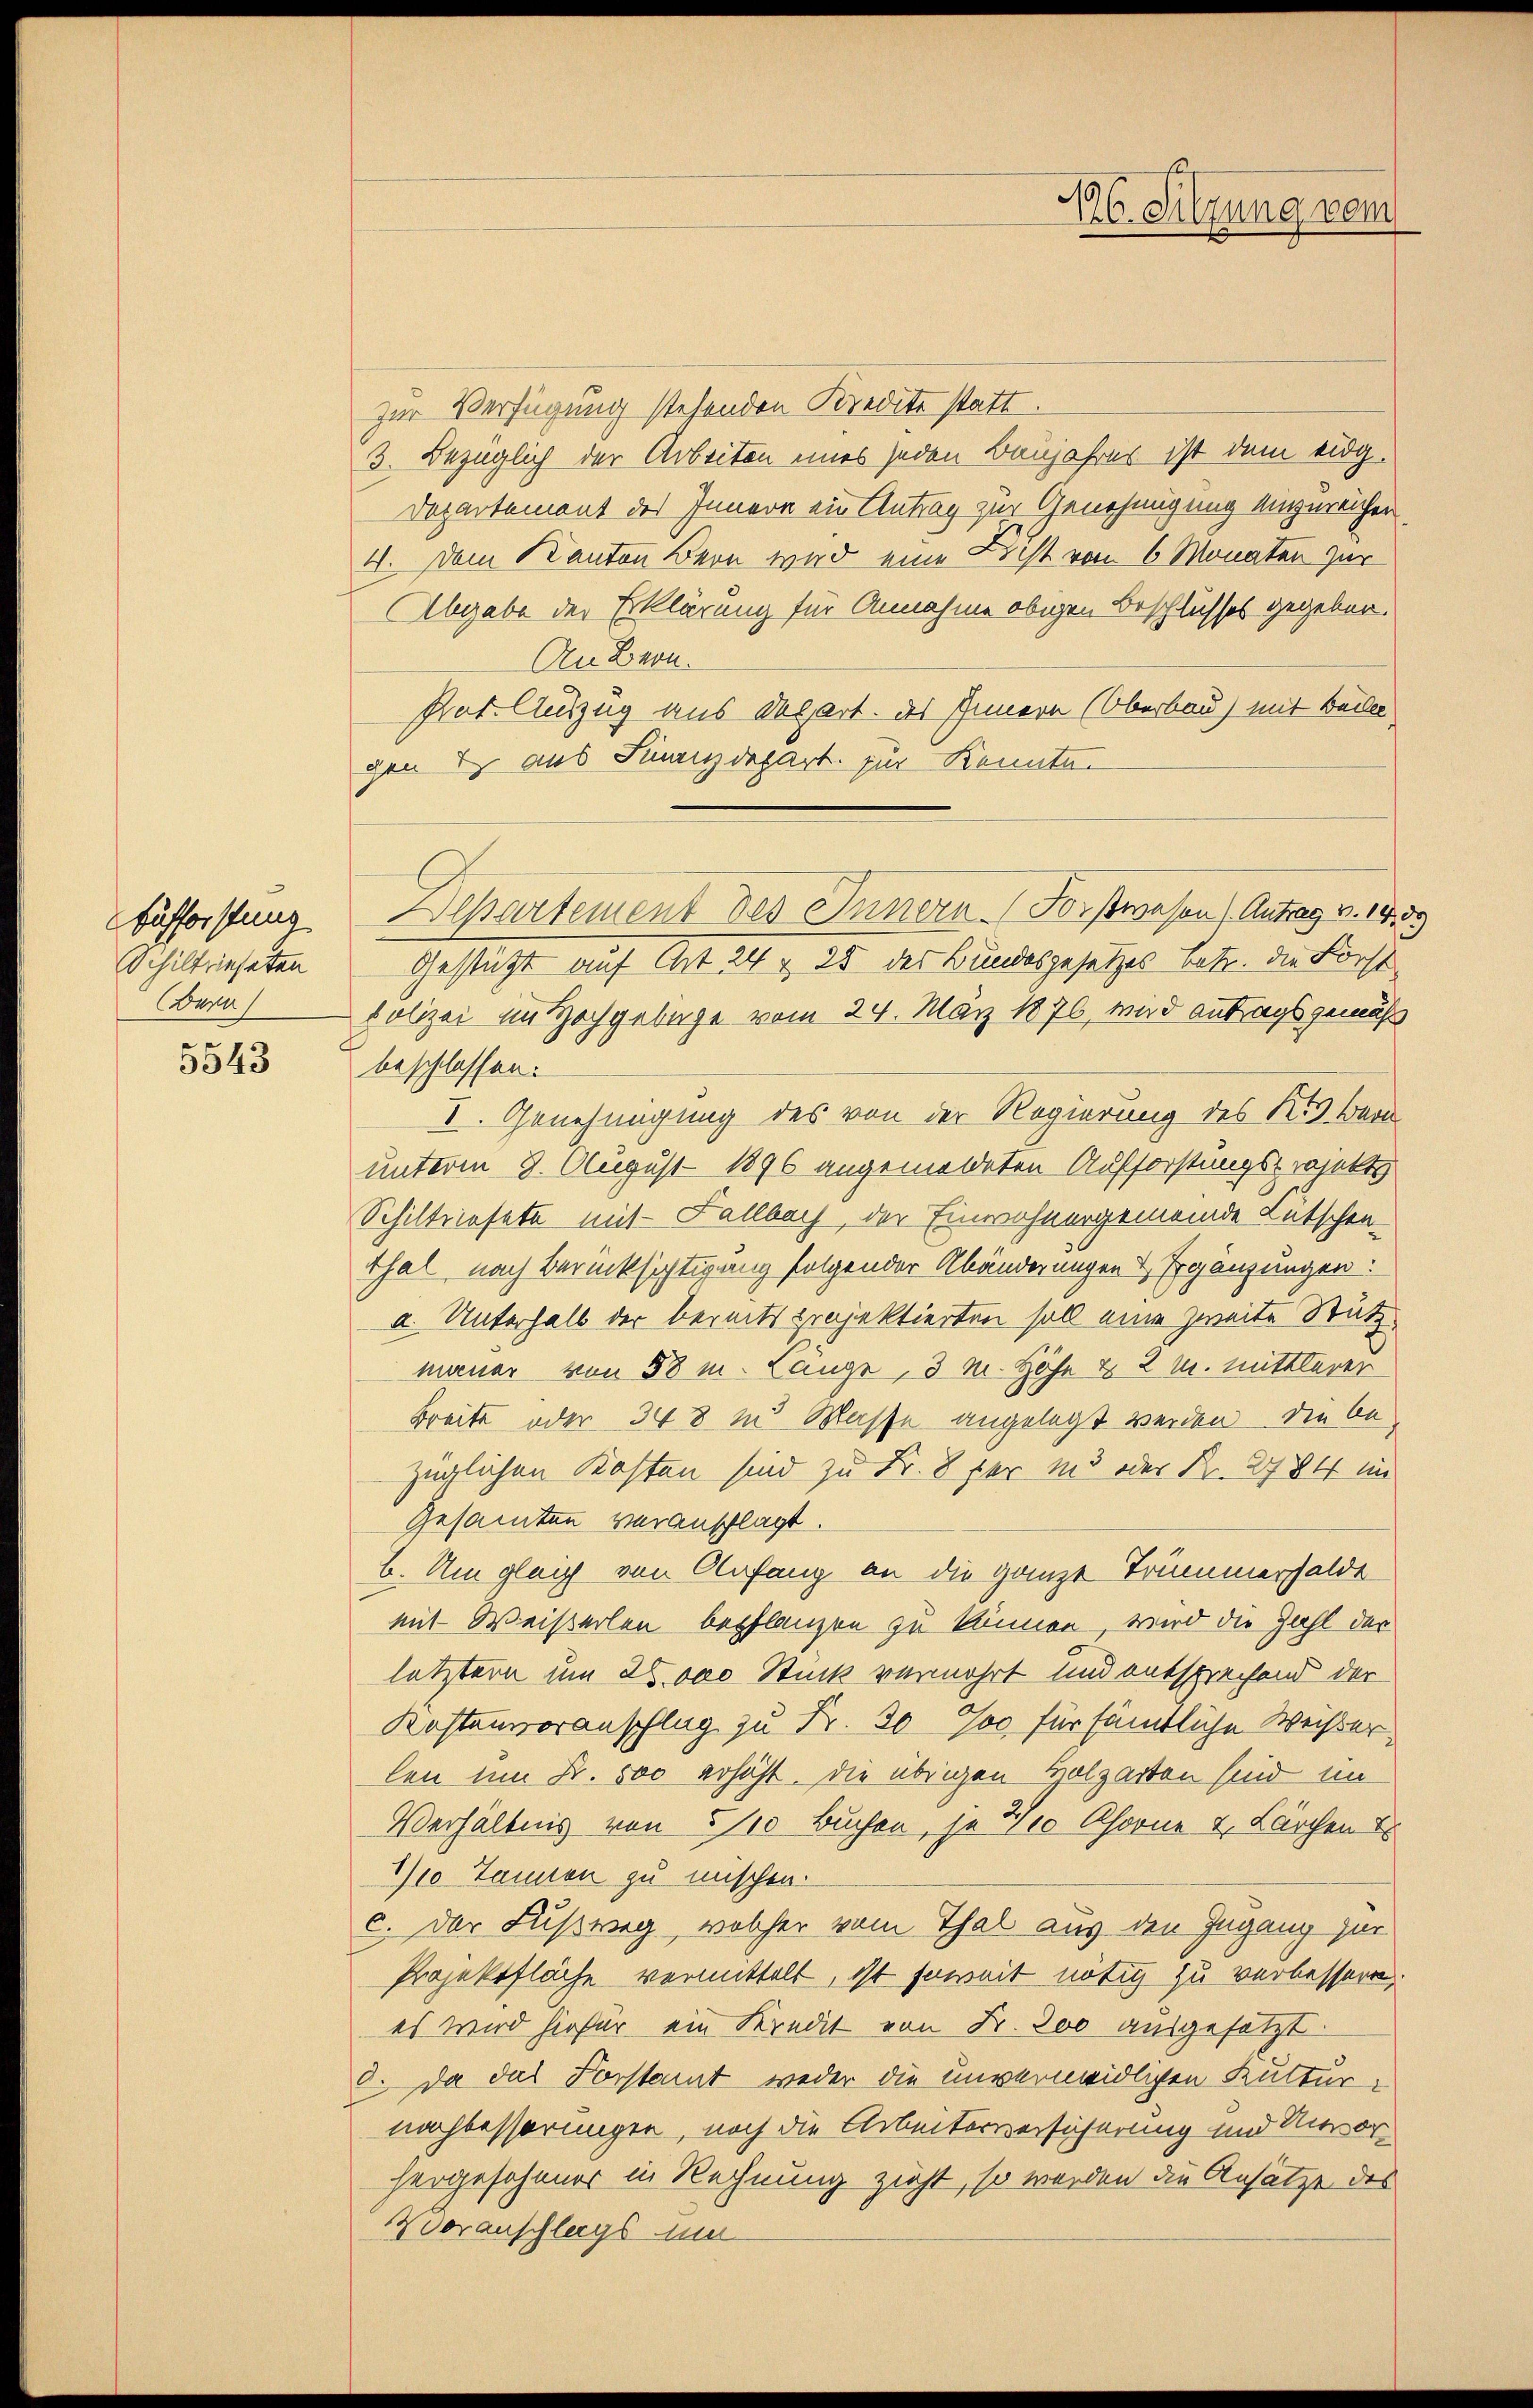
Bufforstung
Schiltriesten
Bern

5543

zur Verfügung stehenden Kredite statt.
3. Bezüglich der Arbeiten eines jeden Baujahres ist dem eidg.
Departement des Innern ein Antrag zur Genehmigung anzureicher
4. Dem Kanton Bern wird eine Licht von 6 Monaten zur
Abgabe der Erklärung für Annahme obigen Beschlusses gegeben.
An Bern.
hat. Auszug aus Depart. des Innern (Oberbau) mit Beile
gen E. aus Finanzdepart zur Kennte.
Departement des Innern Forstwesen (Antag v. 1859
Gestützt auf Art 24 x 25 der Bundesgesetzes betr. die Forstpolizei im Hochgebige vom 24. März 1876, wird antragsgemäß
beschlossen:
I. Genehmigung des von der Regierung des Kts Bern
unterm 9. August 1896 angemeldeten Aufforstungsprojekts
Schiltriesete mit Fallbach, der Einwohnergemeinde Lütschen-
thal nach Berücksichtigung folgender Abänderungen & Ergänzungen:
a. Unterhalb der bereits projektierten soll eine Zweite Stützmauer von 58 m. Länge, 3 M. Höhe & 2 M. mittlerer
Breite oder 348 in Masse angelegt werden die bezüglichen Kosten sind zu Fr. 8 der und oder Fr. 2784 im
Gesamten veranschlagt.
b. Um gleich von Anfang an die ganze Trummerhalde
mit Weiserlen bepflanzen zu können, wird die Zahl der
letztern um 20.000 Stück vermehrt und entsprechend der
Kostenvoranschlag zu Fr. 30 Joo für sämtliche Weißerlen um Fr. 500 erhöht. Die übrigen Holzarten sind im
Verhältnis von 5/10 Buchen, je 1 Khorne & Lärchen u
½ Tannen zu mischen.
c. der Lusweg, welcher vom Thal aus den Ingang zur
Projektfläche vermittelt, ist soweit nötig zu verbessern,
es wird hiefür ein Kredit von Fr. 300 ausgesetzt.
8. Da das Forstant weder die unvermeidlichen Kultur-
nachbesserungen, noch die Arbeiterversicherung und Unvorhergesehener in Rechnung zieht, so werden die Ansätze des
Voranschlags um

16. Sitzung vom